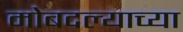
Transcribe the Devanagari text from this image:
मोबदल्याच्या